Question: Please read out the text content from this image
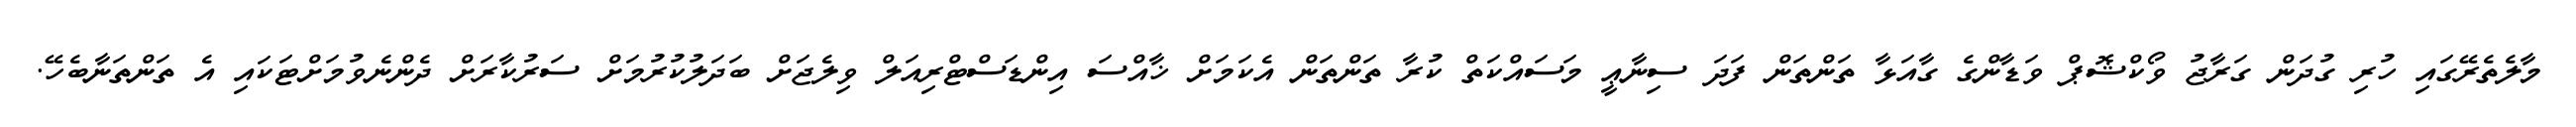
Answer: މާލެތެރޭގައި ހުރި ގުދަން ގަރާޖު ވޯކްޝޮޕް ވަޑާންގެ ގާއަޅާ ތަންތަން ފަދަ ސިނާޢީ މަސައްކަތް ކުރާ ތަންތަން އެކަމަށް ޚާއްސަ އިންޑަސްޓްރިއަލް ވިލެޖަށް ބަދަލުކުރުމަށް ސަރުކާރަށް ދެންނެވުމަށްޓަކައި އެ ތަންތަނާބެހޭ.